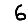
Digit: 6